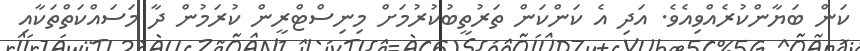
ކަން ބަޔާންކުރެއްވިއެވެ. އަދި އެ ކަންކަން ތަރުތީބުކުރުމަށް މިނިސްޓްރީން ކުރަމުން ދާ މަސައްކަތްތަކާއި